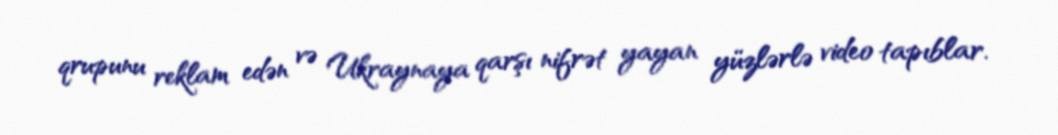
qrupunu reklam edən və Ukraynaya qarşı nifrət yayan yüzlərlə video tapıblar.